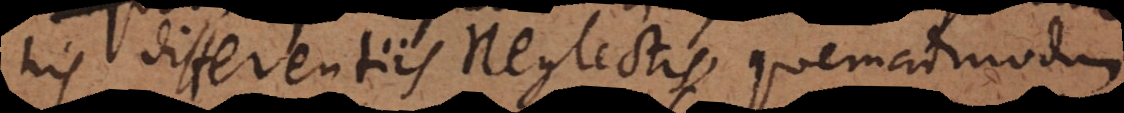
his differentiis neglectis, quemadmodum